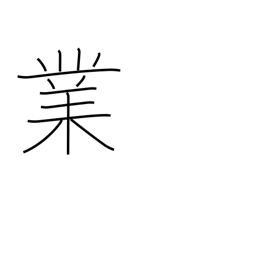
Meaning: performance